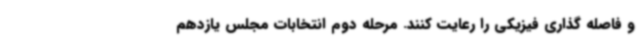
و فاصله گذاری فیزیکی را رعایت کنند. مرحله دوم انتخابات مجلس یازدهم